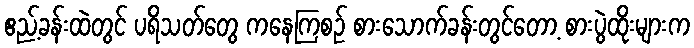
ဧည့်ခန်းထဲတွင် ပရိသတ်တွေ ကနေကြစဉ် စားသောက်ခန်းတွင်တော့ စားပွဲထိုးများက